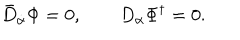
LaTeX: \bar { D } _ { \dot { \alpha } } \Phi = 0 , \qquad D _ { \alpha } \Phi ^ { \dagger } = 0 .